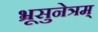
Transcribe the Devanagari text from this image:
भ्रूसुनेत्रम्